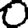
Digit: 0